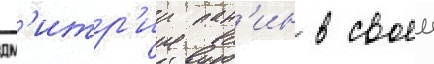
дм'итр'ии пан'ин в своеи